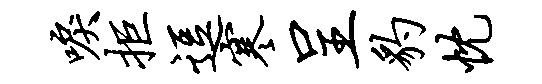
唳拒逗寒呈豹忱